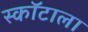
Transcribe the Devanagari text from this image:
स्कॉटाला